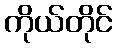
ကိုယ်တိုင်